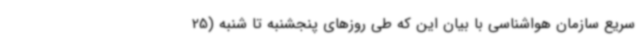
سریع سازمان هواشناسی با بیان این که طی روزهای پنجشنبه تا شنبه (25